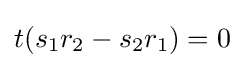
t(s_{1}r_{2}-s_{2}r_{1})=0